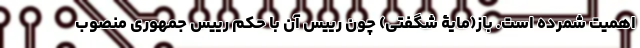
اهمیت شمرده است. باز(مایۀ شگفتی) چون رییس آن با حکم رییس جمهوری منصوب